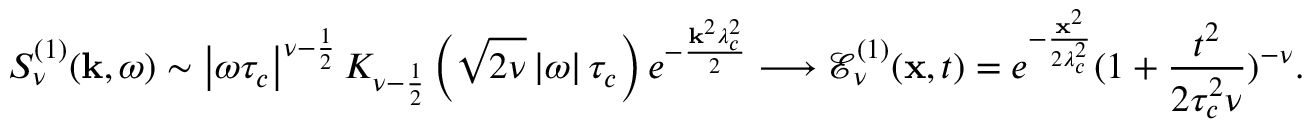
S _ { \nu } ^ { ( 1 ) } ( \mathbf { k } , \omega ) \sim \left| \omega \tau _ { c } \right| ^ { \nu - \frac { 1 } { 2 } } K _ { \nu - \frac { 1 } { 2 } } \left( \sqrt { 2 \nu } \left| \omega \right| \tau _ { c } \right) e ^ { - \frac { \mathbf { k } ^ { 2 } \lambda _ { c } ^ { 2 } } { 2 } } \longrightarrow \mathcal { E } _ { \nu } ^ { ( 1 ) } ( \mathbf { x } , t ) = e ^ { - \frac { \mathbf { x } ^ { 2 } } { 2 \lambda _ { c } ^ { 2 } } } ( 1 + \frac { t ^ { 2 } } { 2 \tau _ { c } ^ { 2 } \nu } ) ^ { - \nu } .